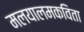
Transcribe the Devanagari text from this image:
मलयालमकविता